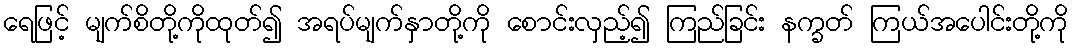
ရေဖြင့် မျက်စိတို့ကိုထုတ်၍ အရပ်မျက်နှာတို့ကို စောင်းလှည့်၍ ကြည်ခြင်း နက္ခတ် ကြယ်အပေါင်းတို့ကို